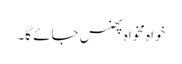
خواہ مخواہ پھنس جائے گا۔